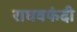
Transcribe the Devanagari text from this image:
राघवफंदी